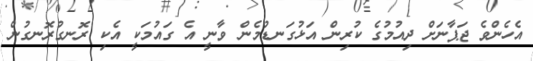
އެހެންވެ ޖަޕާނަށް ދިއުމުގެ ކުރިން އަޅުގަނޑުމެން ވާނީ އެ ގައުމަކީ އެކި ރޮނގުރޮނގުން